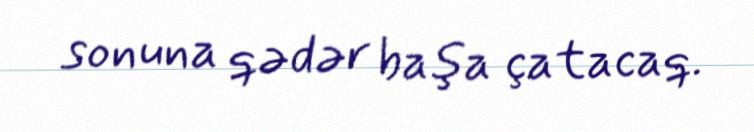
sonuna qədər başa çatacaq.